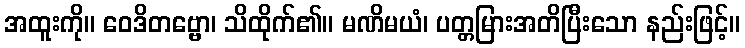
အထူးကို။ ဝေဒိတဗ္ဗော၊ သိထိုက်၏။ မဏိမယံ၊ ပတ္တမြားအတိပြီးသော နည်းဖြင့်။